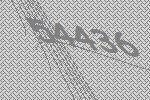
54436